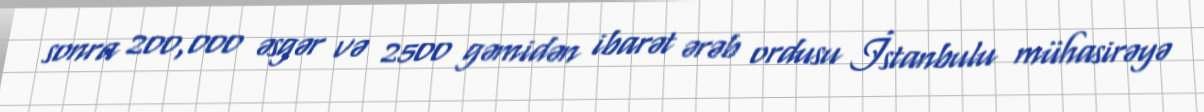
sonra 200,000 əsgər və 2500 gəmidən ibarət ərəb ordusu İstanbulu mühasirəyə